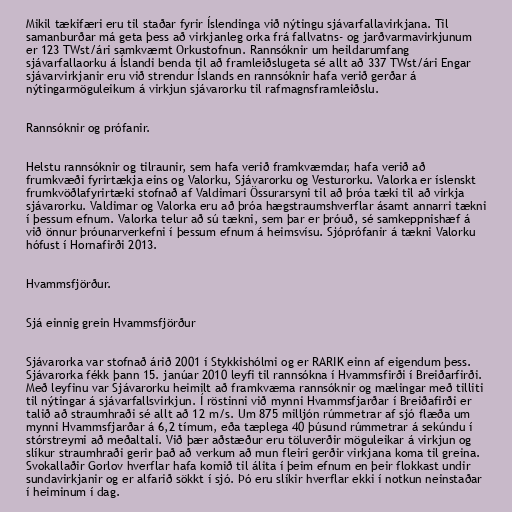
Mikil tækifæri eru til staðar fyrir Íslendinga við nýtingu sjávarfallavirkjana. Til
samanburðar má geta þess að virkjanleg orka frá fallvatns- og jarðvarmavirkjunum
er 123 TWst/ári samkvæmt Orkustofnun. Rannsóknir um heildarumfang
sjávarfallaorku á Íslandi benda til að framleiðslugeta sé allt að 337 TWst/ári Engar
sjávarvirkjanir eru við strendur Íslands en rannsóknir hafa verið gerðar á
nýtingarmöguleikum á virkjun sjávarorku til rafmagnsframleiðslu.

Rannsóknir og prófanir.

Helstu rannsóknir og tilraunir, sem hafa verið framkvæmdar, hafa verið að
frumkvæði fyrirtækja eins og Valorku, Sjávarorku og Vesturorku. Valorka er íslenskt
frumkvöðlafyrirtæki stofnað af Valdimari Össurarsyni til að þróa tæki til að virkja
sjávarorku. Valdimar og Valorka eru að þróa hægstraumshverflar ásamt annarri tækni
í þessum efnum. Valorka telur að sú tækni, sem þar er þróuð, sé samkeppnishæf á
við önnur þróunarverkefni í þessum efnum á heimsvísu. Sjóprófanir á tækni Valorku
hófust í Hornafirði 2013.

Hvammsfjörður.

Sjá einnig grein Hvammsfjörður

Sjávarorka var stofnað árið 2001 í Stykkishólmi og er RARIK einn af eigendum þess.
Sjávarorka fékk þann 15. janúar 2010 leyfi til rannsókna í Hvammsfirði í Breiðarfirði.
Með leyfinu var Sjávarorku heimilt að framkvæma rannsóknir og mælingar með tilliti
til nýtingar á sjávarfallsvirkjun. Í röstinni við mynni Hvammsfjarðar í Breiðafirði er
talið að straumhraði sé allt að 12 m/s. Um 875 milljón rúmmetrar af sjó flæða um
mynni Hvammsfjarðar á 6,2 tímum, eða tæplega 40 þúsund rúmmetrar á sekúndu í
stórstreymi að meðaltali. Við þær aðstæður eru töluverðir möguleikar á virkjun og
slíkur straumhraði gerir það að verkum að mun fleiri gerðir virkjana koma til greina.
Svokallaðir Gorlov hverflar hafa komið til álita í þeim efnum en þeir flokkast undir
sundavirkjanir og er alfarið sökkt í sjó. Þó eru slíkir hverflar ekki í notkun neinstaðar
í heiminum í dag.